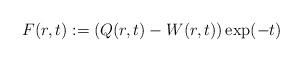
LaTeX: \begin{align*}F(r,t):=(Q(r,t)-W(r,t))\exp(- t)\end{align*}